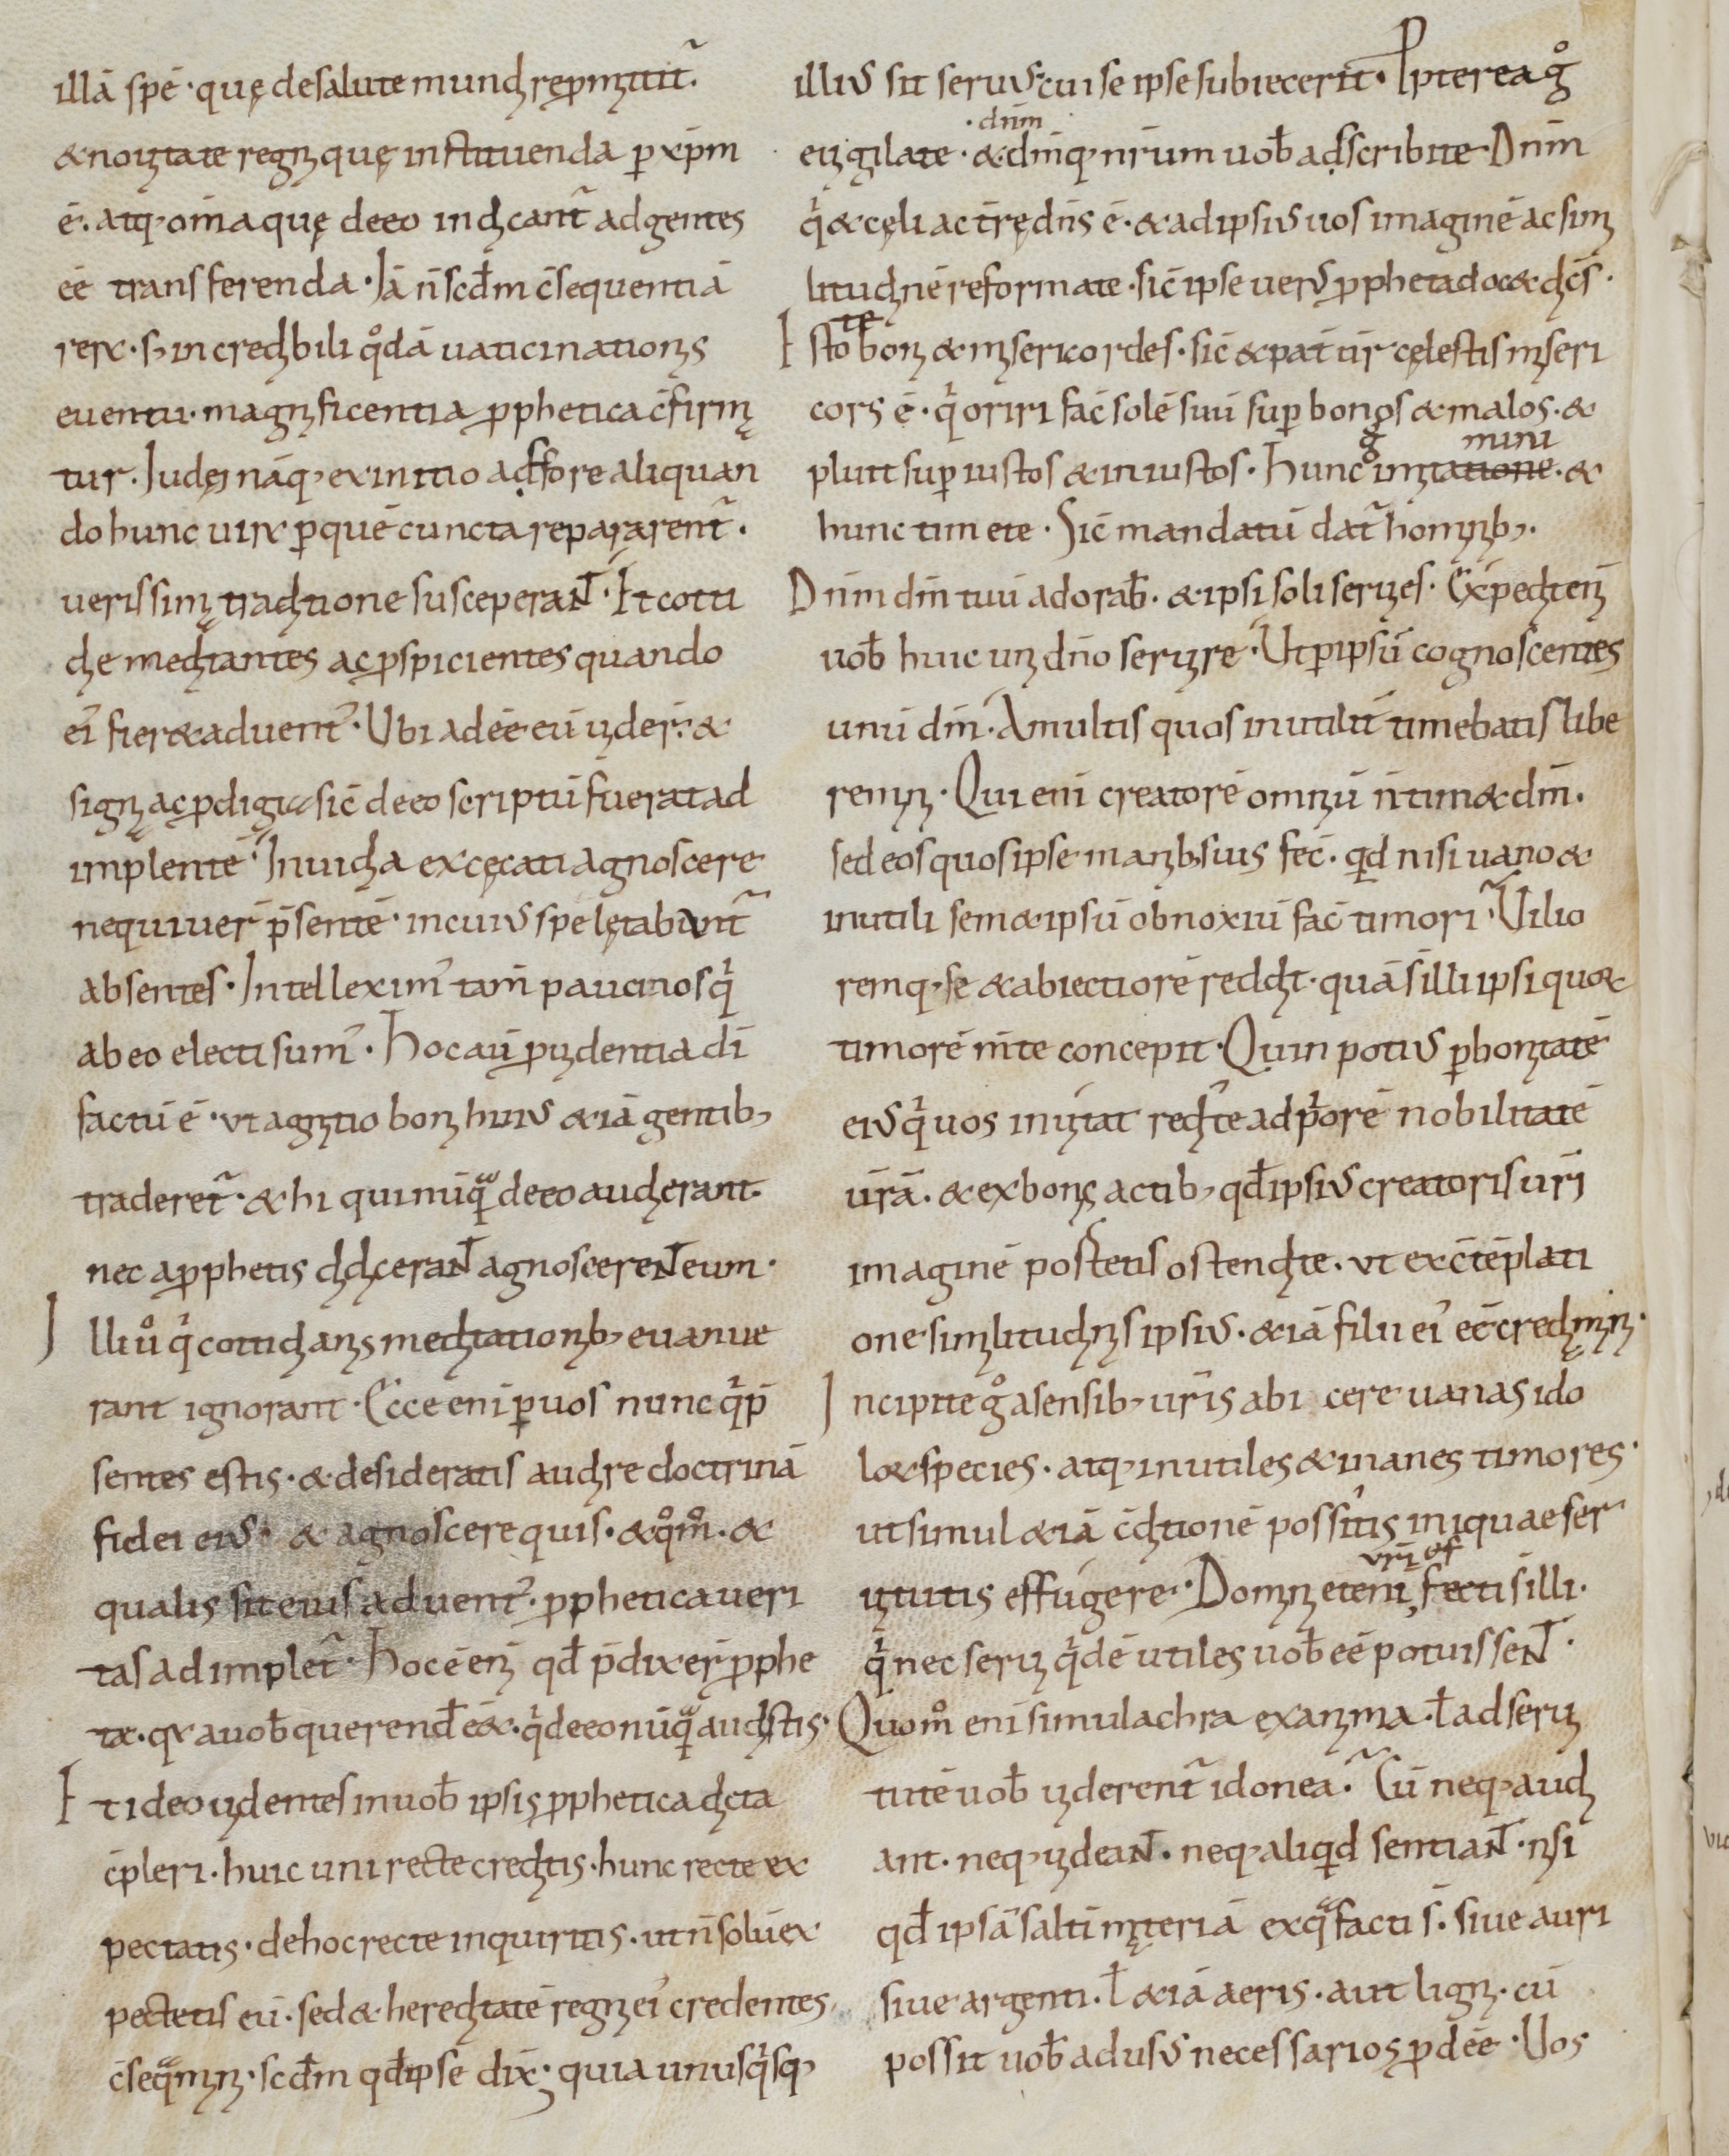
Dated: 800–899